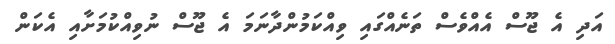
އަދި އެ ޖޫސް އެއްވެސް ތަނެއްގައި ވިއްކަމުންދާނަމަ އެ ޖޫސް ނުވިއްކުމަށާއި އެކަން